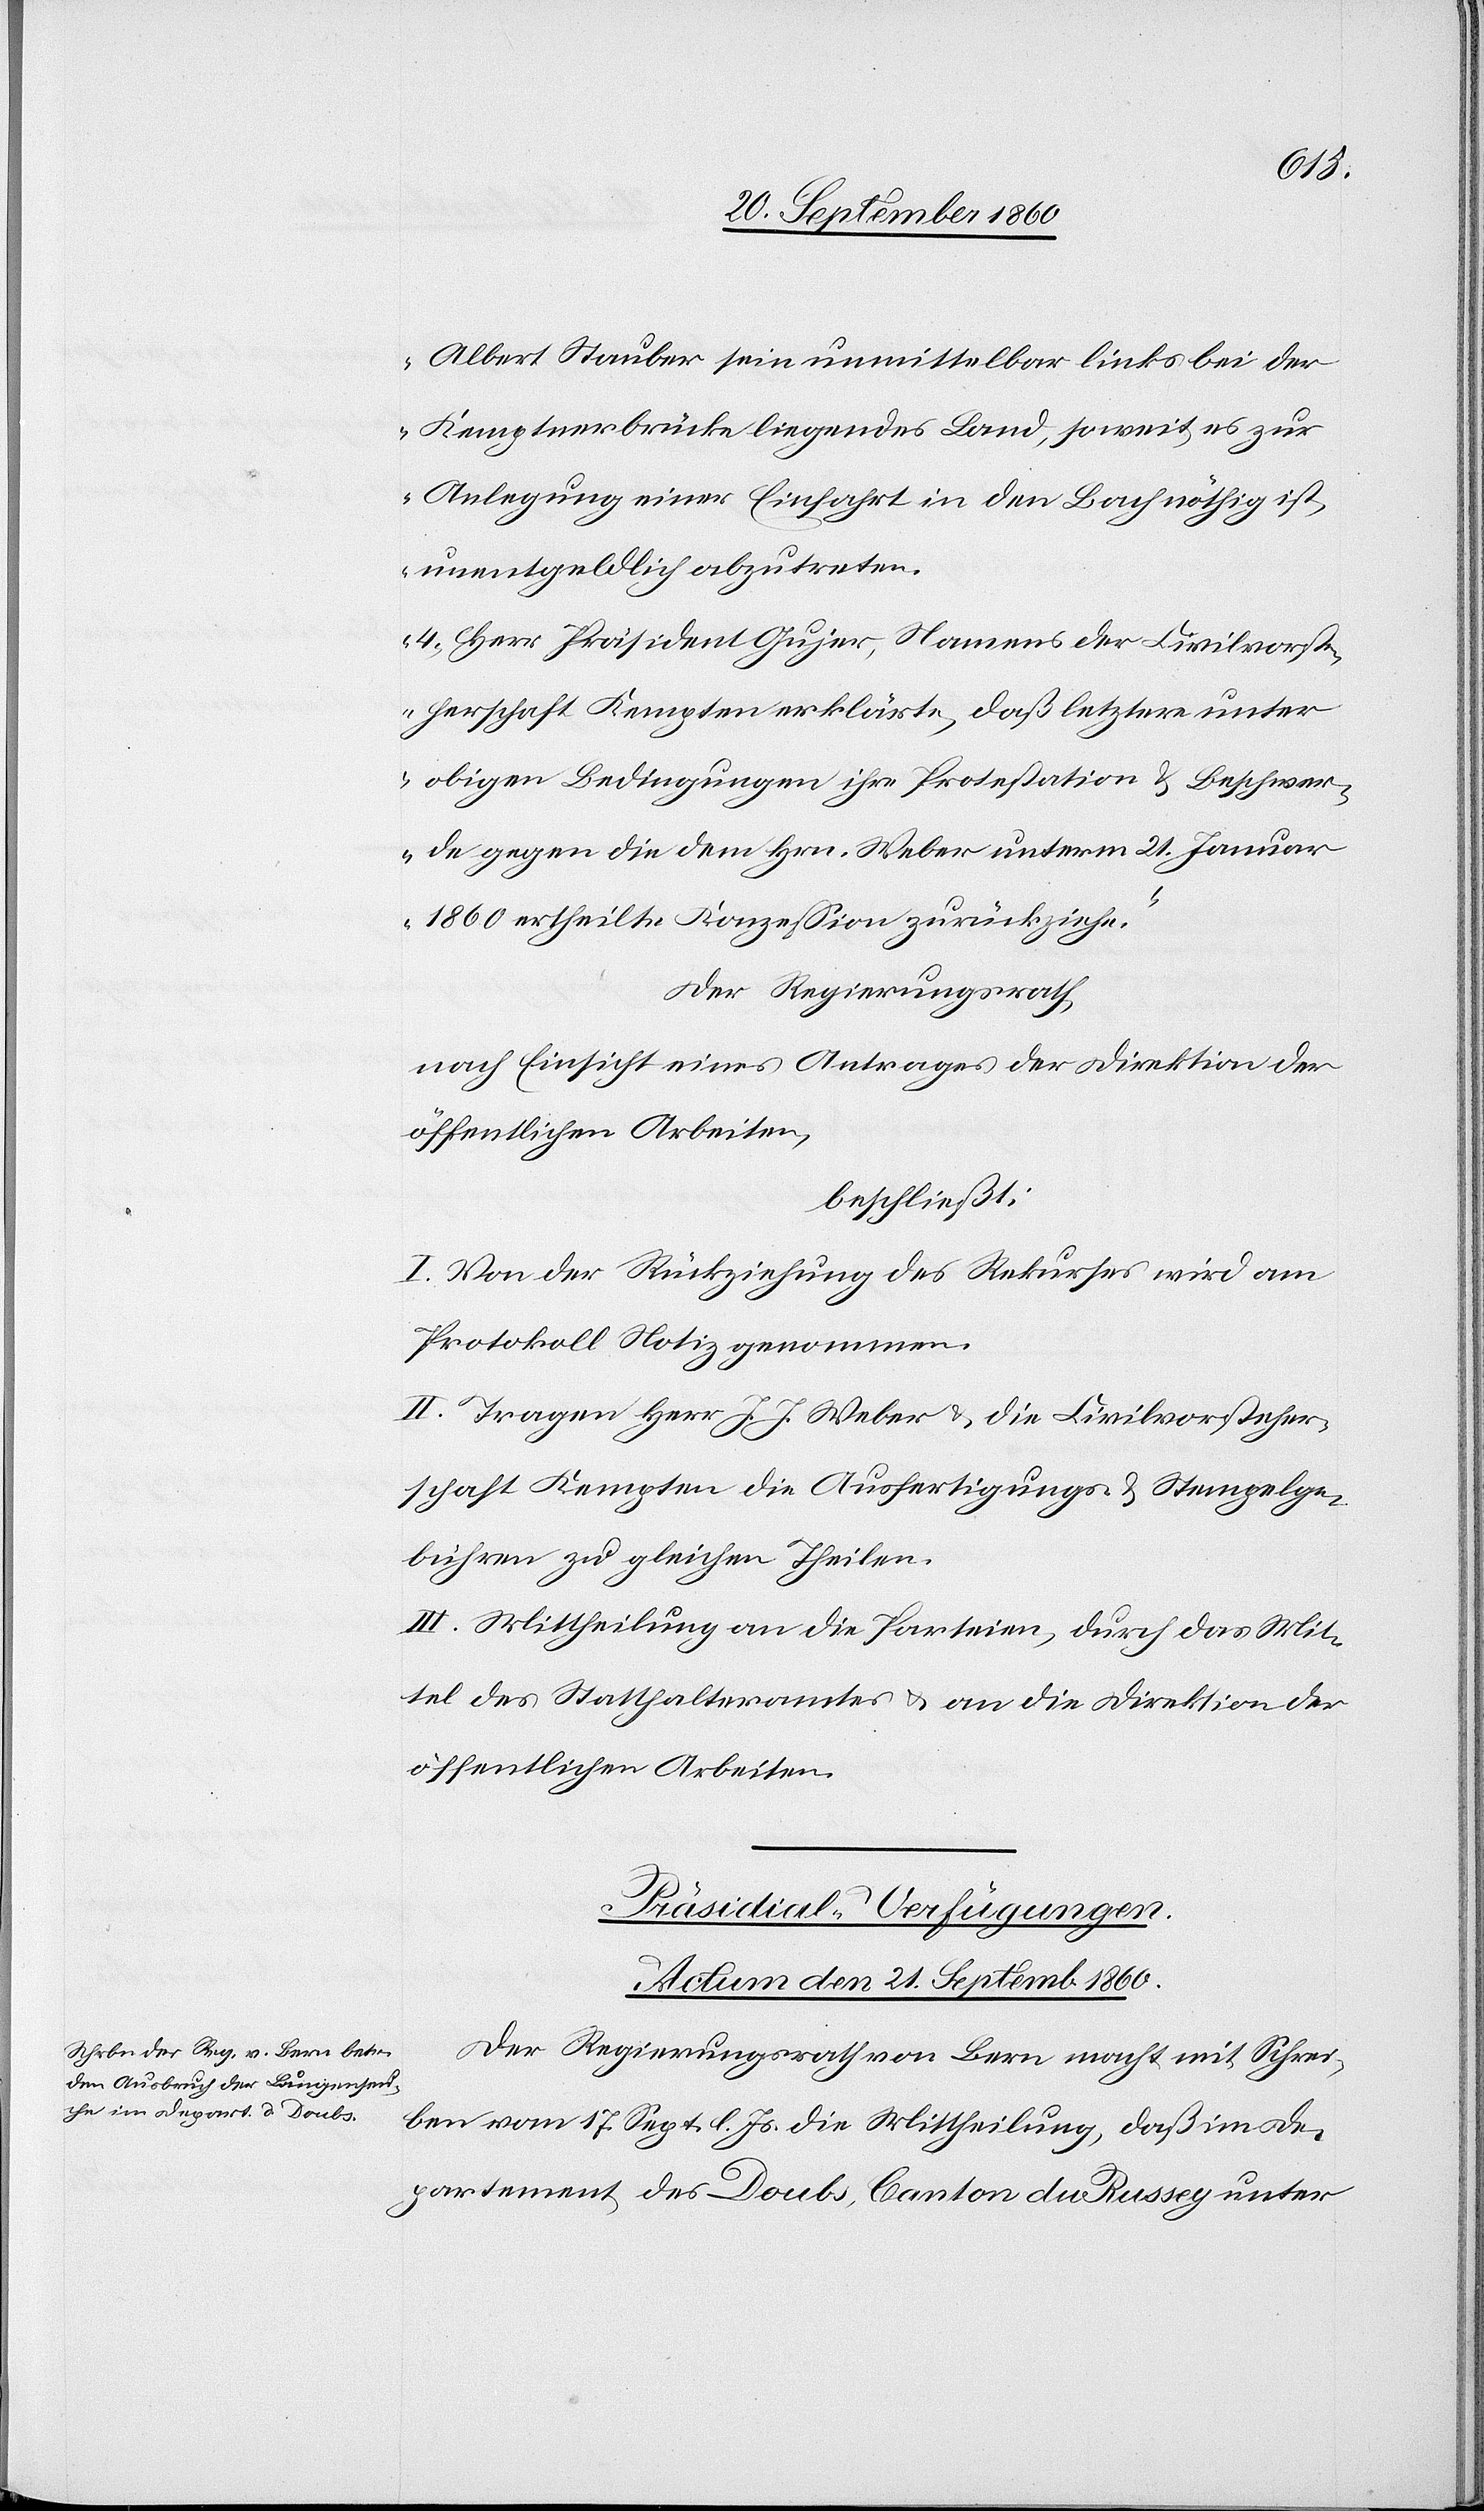
Albert Stauber sein unmittelbar links bei der
Kemptnerbrücke liegendes Land, soweit es zur
Anlegung einer Einfahrt in den Bach nöthig ist,
unentgeldlich abzutreten.
4. Herr Präsident Gujer, Namens der Civilvorste¬
herschaft Kempten erklärte, daß letztere unter
obigen Bedingungen ihre Protestation & Beschwer¬
de gegen die dem Hrn. Weber unterm 21. Januar
1860 ertheilte Konzession zurückziehe.“
Der Regierungsrath,
nach Einsicht eines Antrages der Direktion der
öffentlichen Arbeiten,
beschließ:
I. Von der Rückziehung des Rekurses wird am
Protokoll Notiz genommen.
II. Tragen Herr J. J. Weber u. die Civilvorsteher¬
schaft Kempten die Ausfertigungs- & Stempelge¬
bühren zu gleichen Theilen.
III. Mittheilung an die Parteien, durch das Mit¬
tel des Statthalteramtes u. an die Direktion der
öffentlichen Arbeiten.
Präsidial-Verfügungen.
Actum den 21. Septemb. 1860.
Der Regierungsrath von Bern macht mit Schrei¬
ben vom 17. Sept. l. Js. die Mittheilung, daß im De¬
partement des Doubs, Canton du Russey unter